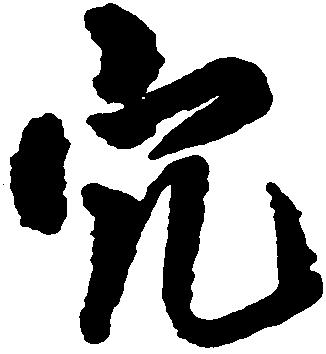
穴